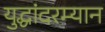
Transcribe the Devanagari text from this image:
युद्धांदरम्यान